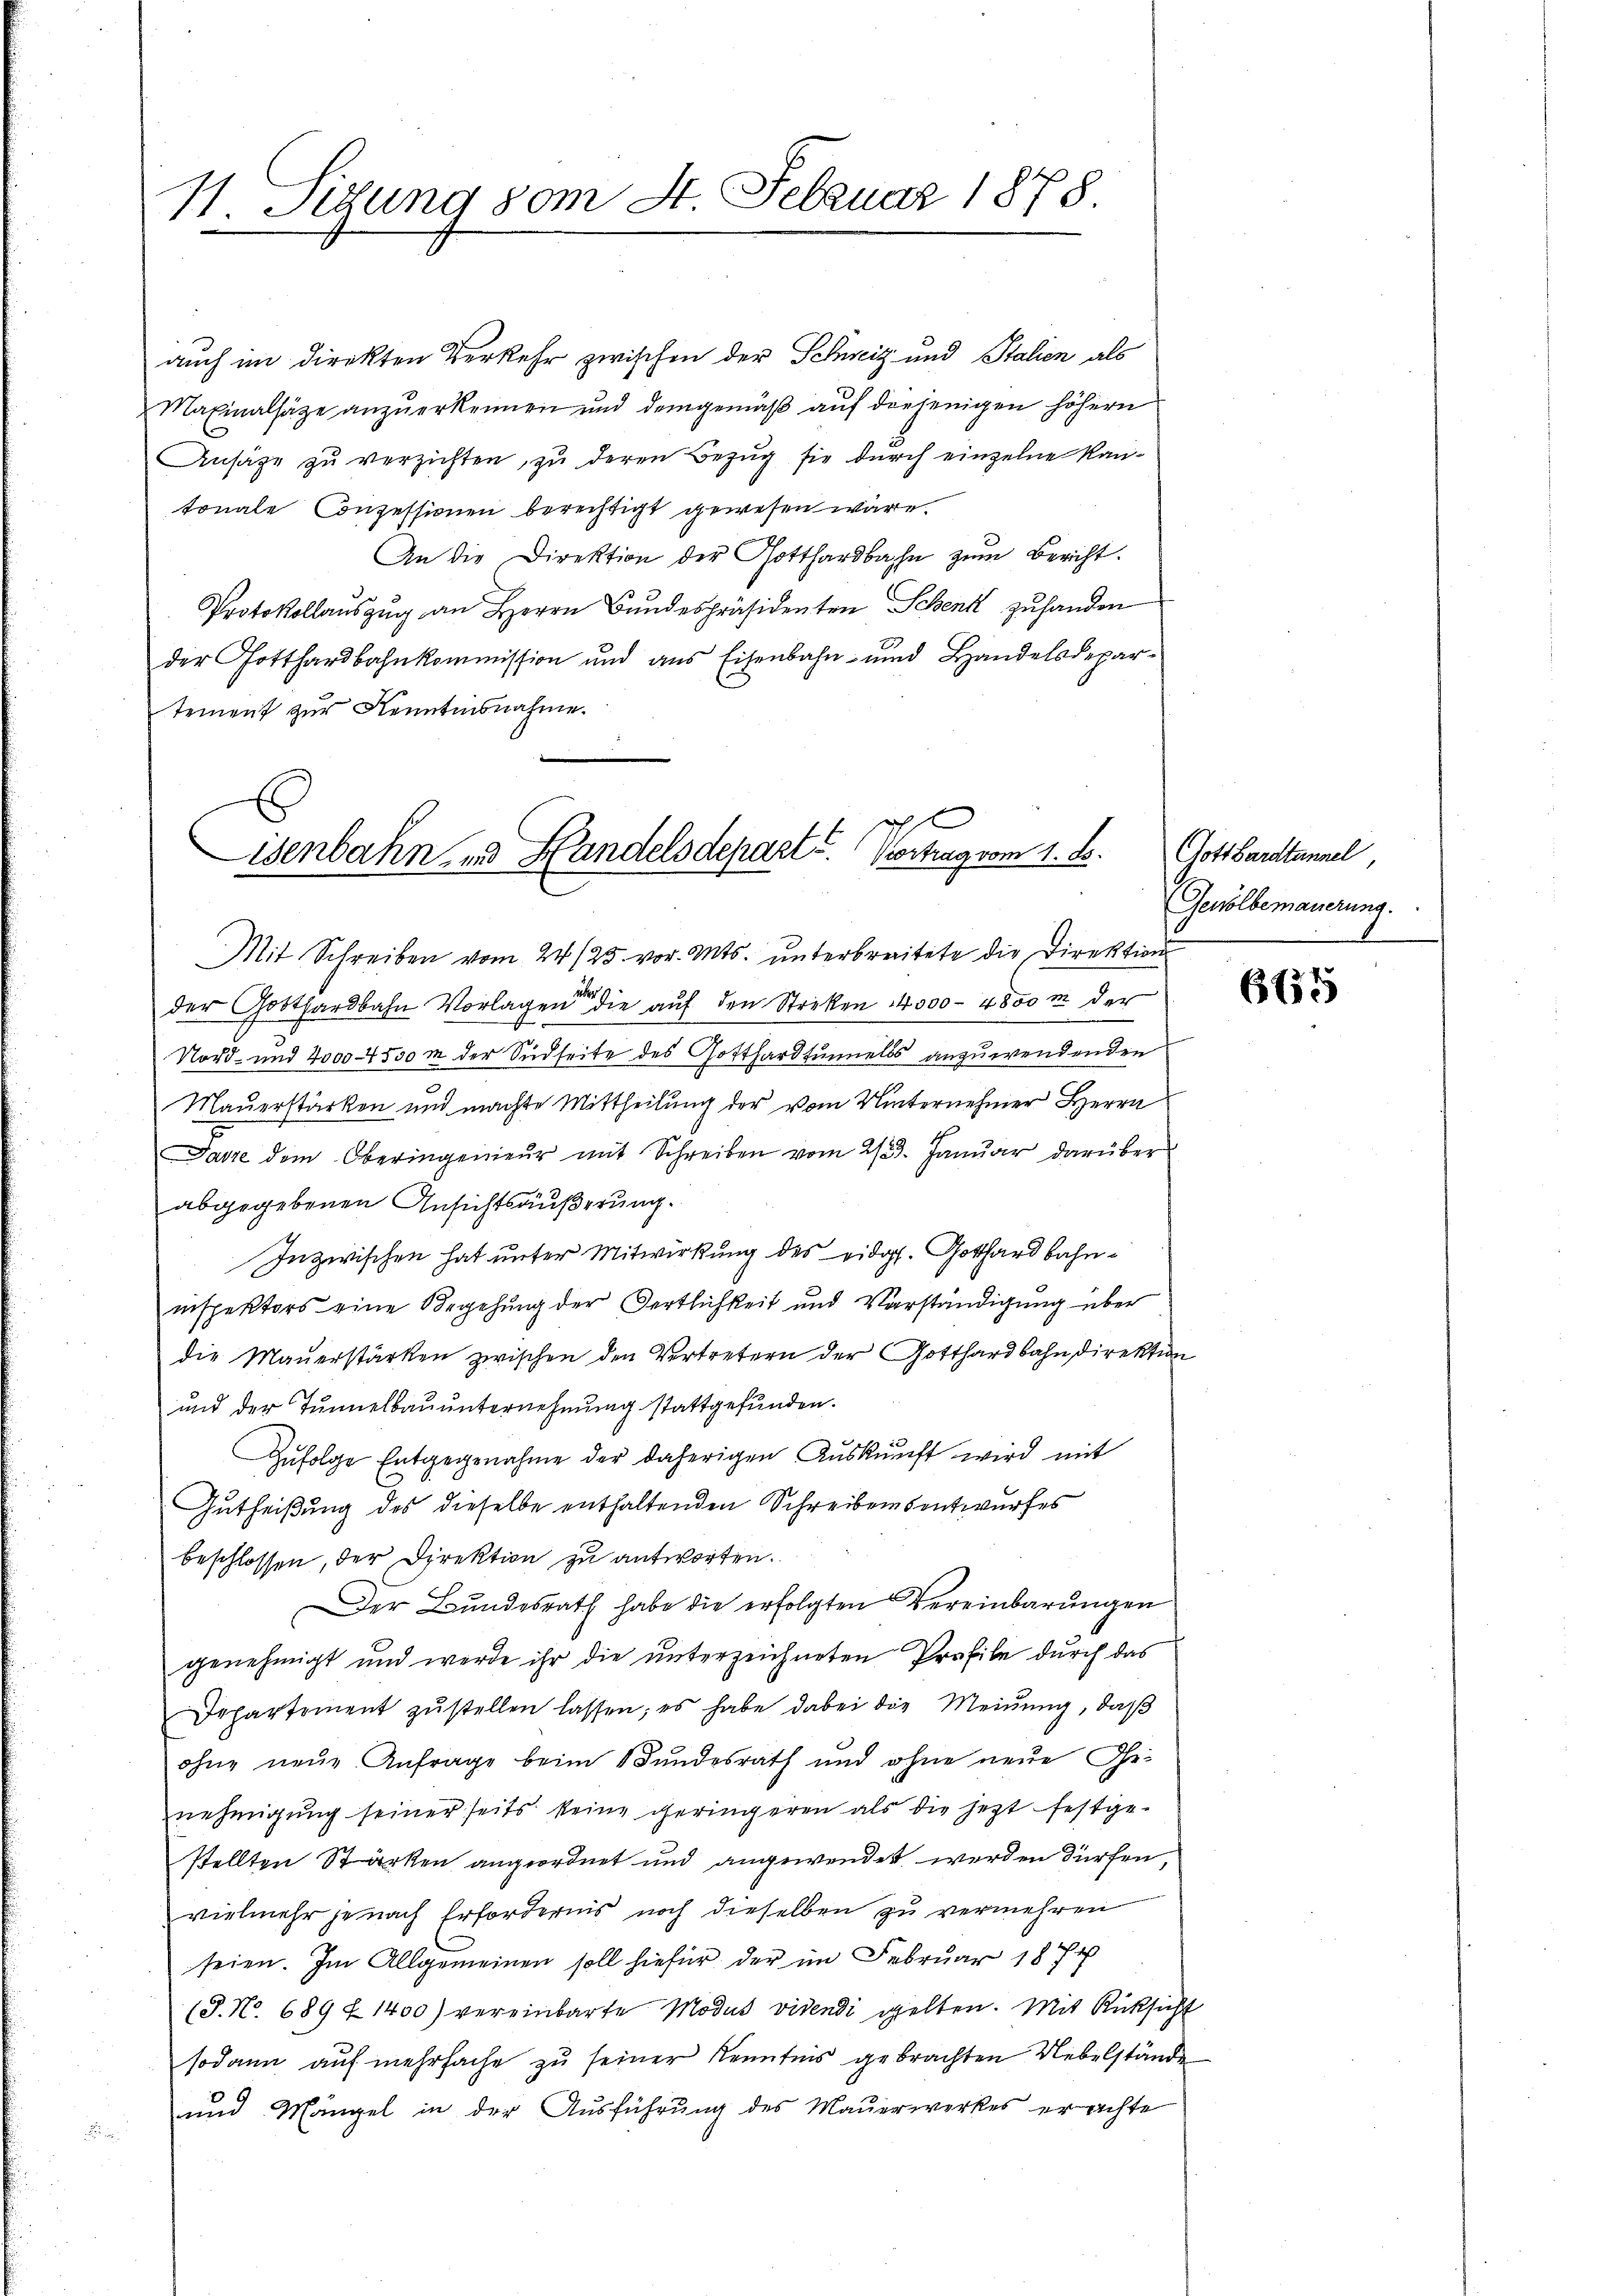
11. Sitzung vom 8. Februar 1878

auch in direkten Verkehr zwischen der Schweiz und Stalien als
Mafinalhäze anzuerkennen und demgemäß auf derjenigen höhern
Ansäge zu verzichten, zu deren Bezug sie durch einzelne Kantonale Conzessionen berechtigt gewesen wäre.
An die Direktion der Gotthardbahn zum Bericht.
Protokollaŭszŭg an Herrn Bŭndespräsidenten Schenk zŭ handen
der Gotthardbahnkommission und aus Eisenbahn- und Handelsdepartement zur Kenntnisnahme.
Mit Schreiben vom 24./25. vor. Mts. unterbreitete die Direktion
der Gotthardbahn Vorlagen die auf den Streken 4000 - 4800 m der
Nord- und 2000-4550 m der Südseite des Gotthardtunnels anzuwendenden
Mauerstärken und machte Mittheilung der vom Winternehmer Herrn
Jasze dem Oberingenieŭr mit Schreiben vom 2/3. Janŭar darüber
abgegebenen Ansichtsäußerung.
Inzwischen hat unter Mitwirkung des eidg. Gotthardbahninspektors eine Begehung der Fertlichkeit und Vorständigung über
die Mauerstärken zwischen den Vertretern der Gotthardbahndirektion
und der Tunnelbau unternehmung stattgefunden.
Zŭfolge Entgegenahme der daherigen Aŭskŭnft wird mit
Gutheißung des dieselbe enthaltenden Schreibensentwurfes
beschlossen, der Direktion zu antworten.
Der Bundesrath habe die erfolgten Vereinbarungen
genehmigt und werde ihr die unterzeichneten Profile durch das
Departement zŭstellen lassen; es habe dabei die Meinŭng, daß
ohne neue Anfrage beim Bundesrath und ohne neue Ge-
nehmigung seiner seits keine geringeren als die jezt festgestellten Stärken angeordnet und angewendet werden dürfen
vielmehr je nach Erfordernis noch dieselben zu vermehren
seien. Im Allgemeinen soll hiefür der im Februar 187
(J. N. 689 f 1400) vereinbarte Modus videndi gelten. Mit Rücksicht
sodann auf mehrfache zu seiner Kenntnis gebrachten Uebelstände
und Mängel in der Ausführung des Mauerwerkes erachte

e
isenbahn und Handelsdepart. Vortrag vom 1. d.

Gott Bardtunnel
Gewölbemauerung.

665